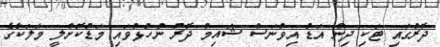
ދޮރުގައި ޓަކި ދިން އަޑު އިވުނަސް ޝައިމް ދޮރު ނުހުޅުވައި މަޑުކޮށްލީ މަލަކާގެ